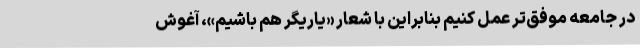
در جامعه موفق‌تر عمل کنیم بنابراین با شعار «یاریگر هم باشیم»، آغوش